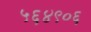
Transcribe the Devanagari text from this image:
५६४९०६